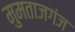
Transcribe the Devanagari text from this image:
मुमताजगंज